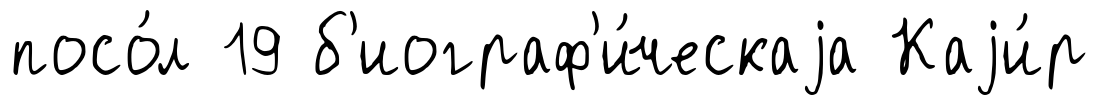
посо́л 19 б'иограф'и́ческаjа Каjи́р